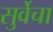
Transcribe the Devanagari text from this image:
सुर्वेचा